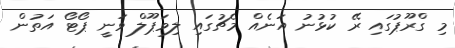
މި ގްރޫޕުގައި ރޭ ކުޅުނު އަނެއް މެޗުގައި ލިވަޕޫލް ވަނީ ޕޯޓޯ އަތުން